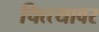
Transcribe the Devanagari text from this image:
चित्त्यावर